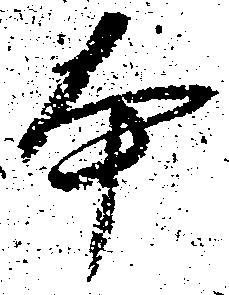
本